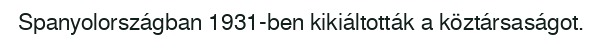
Spanyolországban 1931-ben kikiáltották a köztársaságot.